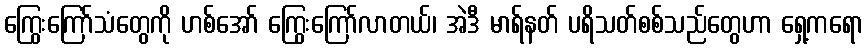
ကြွေးကြော်သံတွေကို ဟစ်အော် ကြွေးကြော်လာတယ်၊ အဲဒီ မာရ်နတ် ပရိသတ်စစ်သည်တွေဟာ ရှေ့ကရော